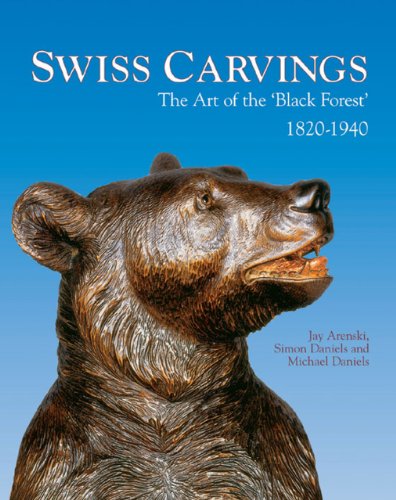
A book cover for Swiss Carvings: The Art of the 'Black Forest' 1820-1940; Jay Arenski; Humor & Entertainment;